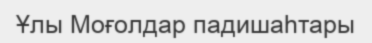
Ұлы Моғолдар падишаһтары